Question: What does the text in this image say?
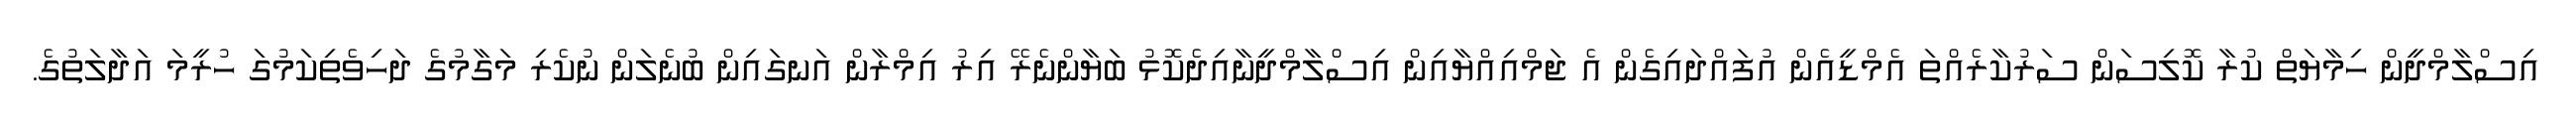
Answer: އިސްލާމްދީން ހިމާޔަތް ކުރާ ކޮލިސަން ސަރުކާރެއްތަ އެމްޑީއެން އުފައްދައިގެން އެ ޖަމްއިއްޔާއިން އިސްލާމްދީނާއިދެކޮޅު ބަޔާންނެރޭ އިރު އިމްރާން އަނގައިން ބުނެލަން ނުކެރި މަގާމުގެ ދަހިވެތިކަމުގަ ހުރީމަ އަދާލަތުގެ.